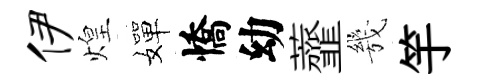
伊煌嬋憍幼虀㡬竽